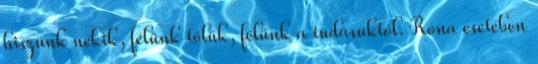
hiszünk nekik, félünk tőlük, félünk a tudásuktól. Róna esetében